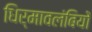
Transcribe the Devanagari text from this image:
धिर्मावलंबियों